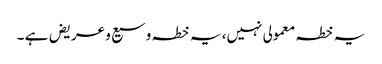
یہ خطہ معمولی نہیں، یہ خطہ وسیع و عریض ہے ۔